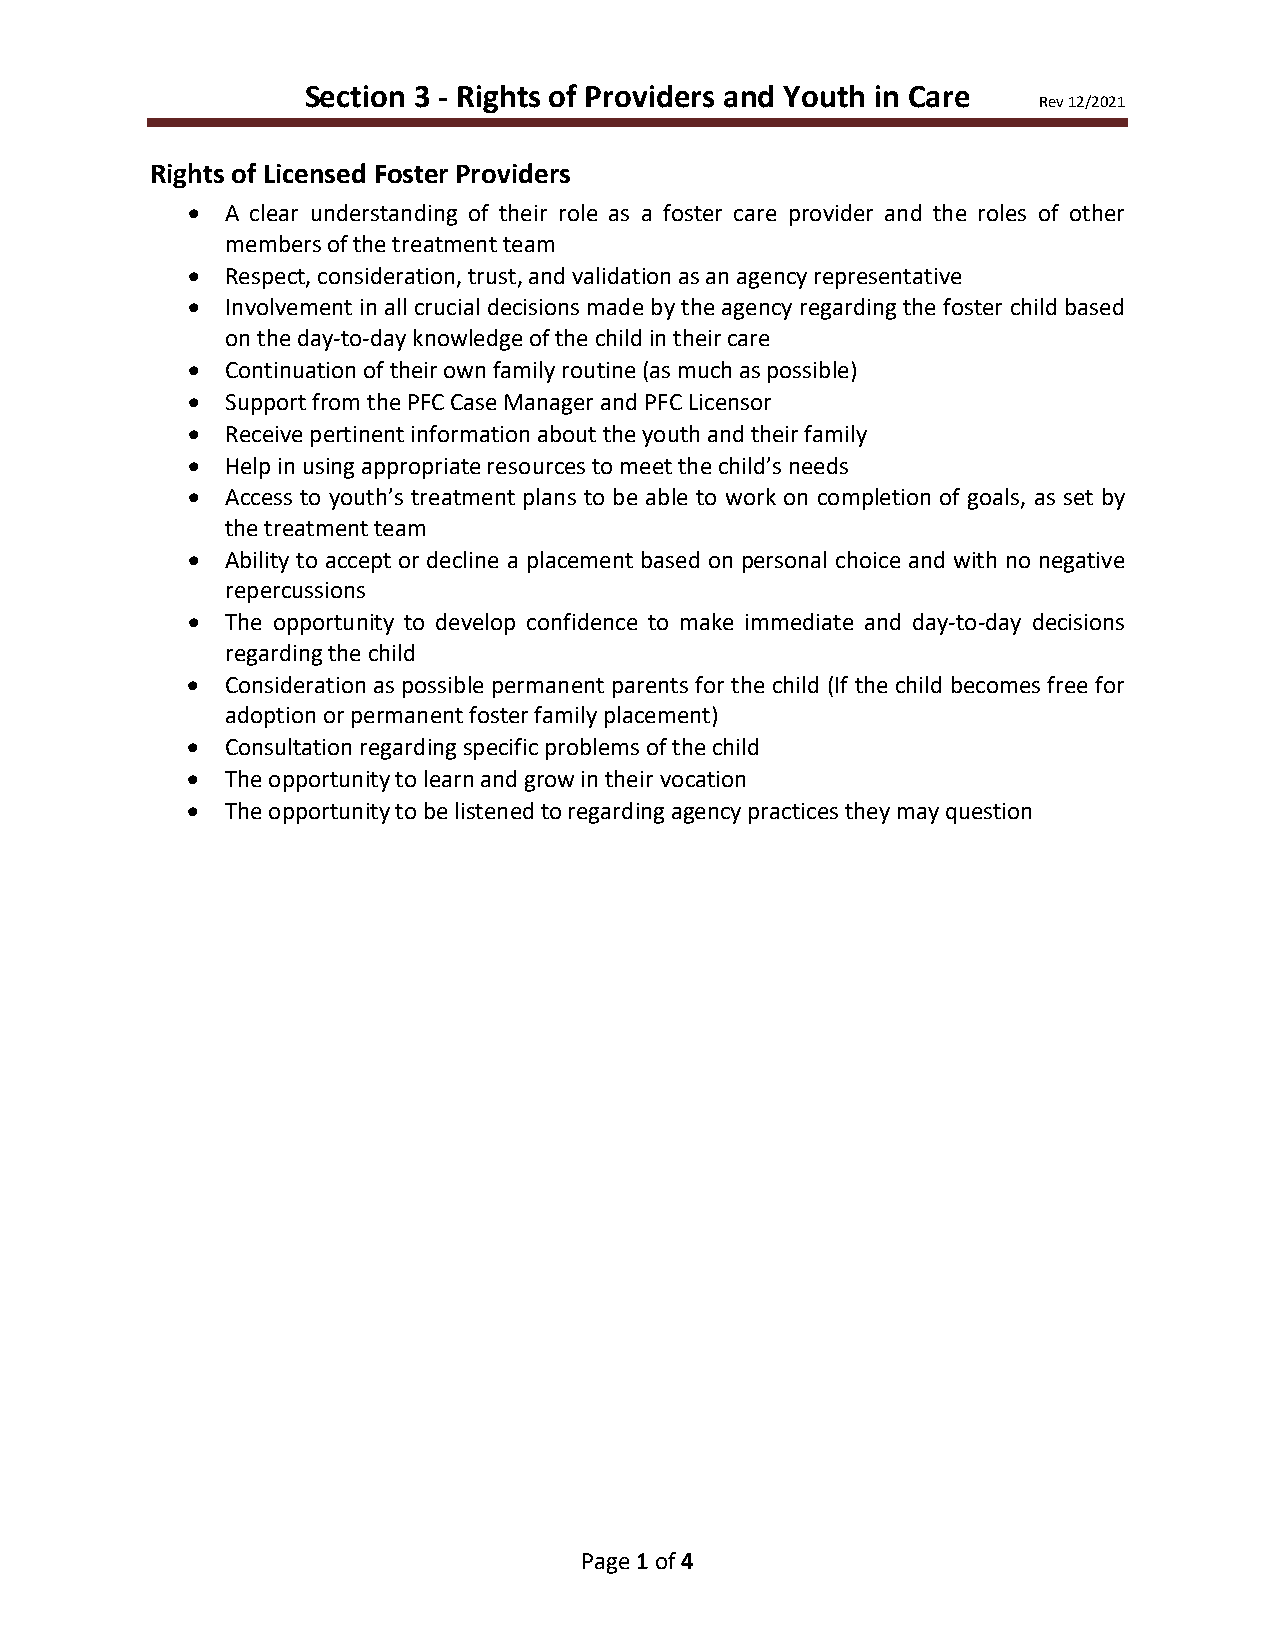
Section 3 - Rights of Providers and Youth in Care
 Rev 12/2021
 Rights of Licensed Foster Providers
 •  A clear understanding of their role as a foster care provider and the roles of other
 members of the treatment team
 •  Respect, consideration, trust, and validation as an agency representative
 •  Involvement in all crucial decisions made by the agency regarding the foster child based
 on the day-to-day knowledge of the child in their care
 •  Continuation of their own family routine (as much as possible)
 •  Support from the PFC Case Manager and PFC Licensor
 •  Receive pertinent information about the youth and their family
 •  Help in using appropriate resources to meet the child’s needs
 •  Access to youth’s treatment plans to be able to work on completion of goals, as set by
 the treatment team
 •  Ability to accept or decline a placement based on personal choice and with no negative
 repercussions
 •  The opportunity to develop confidence to make immediate and day-to-day decisions
 regarding the child
 •  Consideration as possible permanent parents for the child (If the child becomes free for
 adoption or permanent foster family placement)
 •  Consultation regarding specific problems of the child
 •  The opportunity to learn and grow in their vocation
 •  The opportunity to be listened to regarding agency practices they may question
 Page 1 of 4